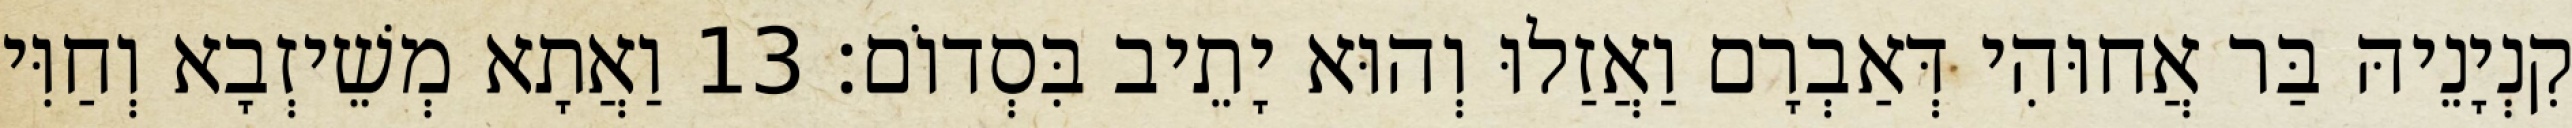
קִנְיָנֵיהּ בַּר אֲחוּהִי דְּאַבְרָם וַאֲזַלוּ וְהוּא יָתֵיב בִּסְדוֹם׃ 13 וַאֲתָא מְשֵׁיזְבָא וְחַוִּי